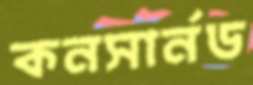
কনসার্নড